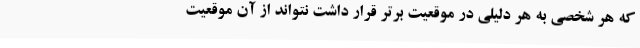
که هر شخصی به هر دلیلی در موقعیت برتر قرار داشت نتواند از آن موقعیت